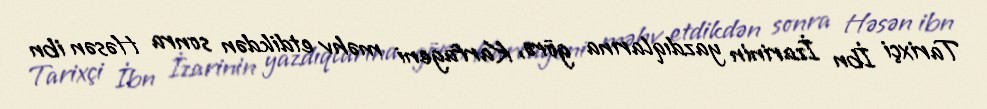
Tarixçi İbn İzarinin yazdıqlarına görə, Karfageni məhv etdikdən sonra Həsən ibn